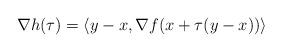
LaTeX: \begin{align*}\nabla h(\tau) = \langle y-x,\nabla f(x+\tau(y-x))\rangle\end{align*}